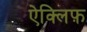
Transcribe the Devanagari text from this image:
ऐक्लिफ़